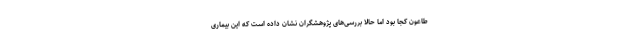
طاعون کجا بود اما حالا بررسی‌های پژوهشگران نشان داده است که این بیماری